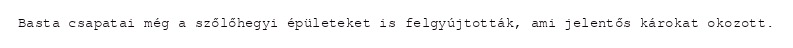
Basta csapatai még a szőlőhegyi épületeket is felgyújtották, ami jelentős károkat okozott.